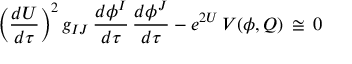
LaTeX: \left( \frac { d U } { d \tau } \right) ^ { 2 } g _ { I J } \, \frac { d \phi ^ { I } } { d \tau } \, \frac { d \phi ^ { J } } { d \tau } - e ^ { 2 U } \, V ( \phi , Q ) \, \cong \, 0